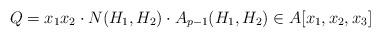
LaTeX: \begin{align*} Q=x_1x_2\cdot N(H_1,H_2)\cdot A_{p-1}(H_1,H_2)\in A[x_1,x_2,x_3] \end{align*}